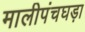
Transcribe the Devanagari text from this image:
मालीपंचघड़ा